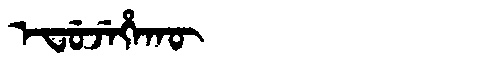
Manchu: ᡝᠸᡠᠵᡝᡥᠠᡴᡡ
Romanization: EFUJEHAKŪ